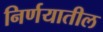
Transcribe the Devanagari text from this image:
निर्णयातील